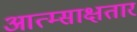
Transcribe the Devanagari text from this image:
आत्म्साक्षतार